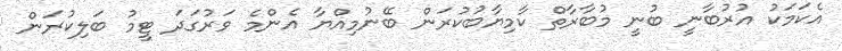
އެކަމަކު އުރުބާނީ ބުނީ މުބާރާތް ކާމިޔާބުކުރަން ބޭނުމިއްޔާ އެންމެ ވަރުގަދަ ޓީމު ބަލިކުރަން